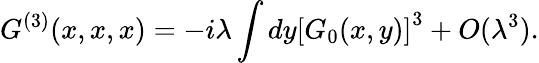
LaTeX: G^{(3)}(x,x,x)=-i\lambda\int dy\left[G_{0}(x,y)\right]^{3}+O(\lambda^{3}).